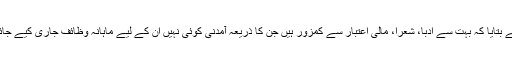
انہوں نے بتایا کہ بہت سے ادبا، شعرا، مالی اعتبار سے کمزور ہیں جن کا ذریعہ آمدنی کوئی نہیں اُن کے لیے ماہانہ وظائف جاری کیے جائیں گے۔